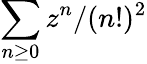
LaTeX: \sum_{n\geq 0}z^{n}/(n!)^{2}